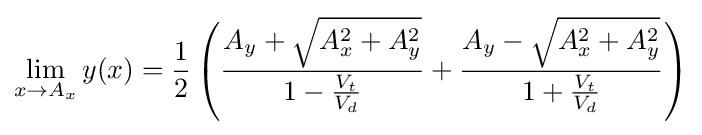
\lim _{x\to A_{x}}y(x)={\frac {1}{2}}\left({\frac {A_{y}+{\sqrt {A_{x}^{2}+A_{y}^{2}}}}{1-{\frac {V_{t}}{V_{d}}}}}+{\frac {A_{y}-{\sqrt {A_{x}^{2}+A_{y}^{2}}}}{1+{\frac {V_{t}}{V_{d}}}}}\right)